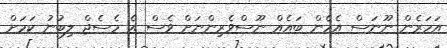
އަހަރެން ނޫނަސް އެހެން ބައެއް ނޫސްވެރިންނަށް ވެސް އެ މެސެޖް ލިބުނު ކަމަށް